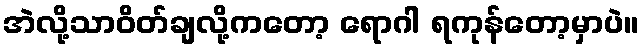
အဲလို့သာဝိတ်ချလို့ကတော့ ရောဂါ ရကုန်တော့မှာပဲ။